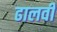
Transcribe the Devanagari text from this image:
ढालवीं